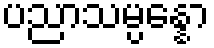
ပညာသမ္ပန္နော